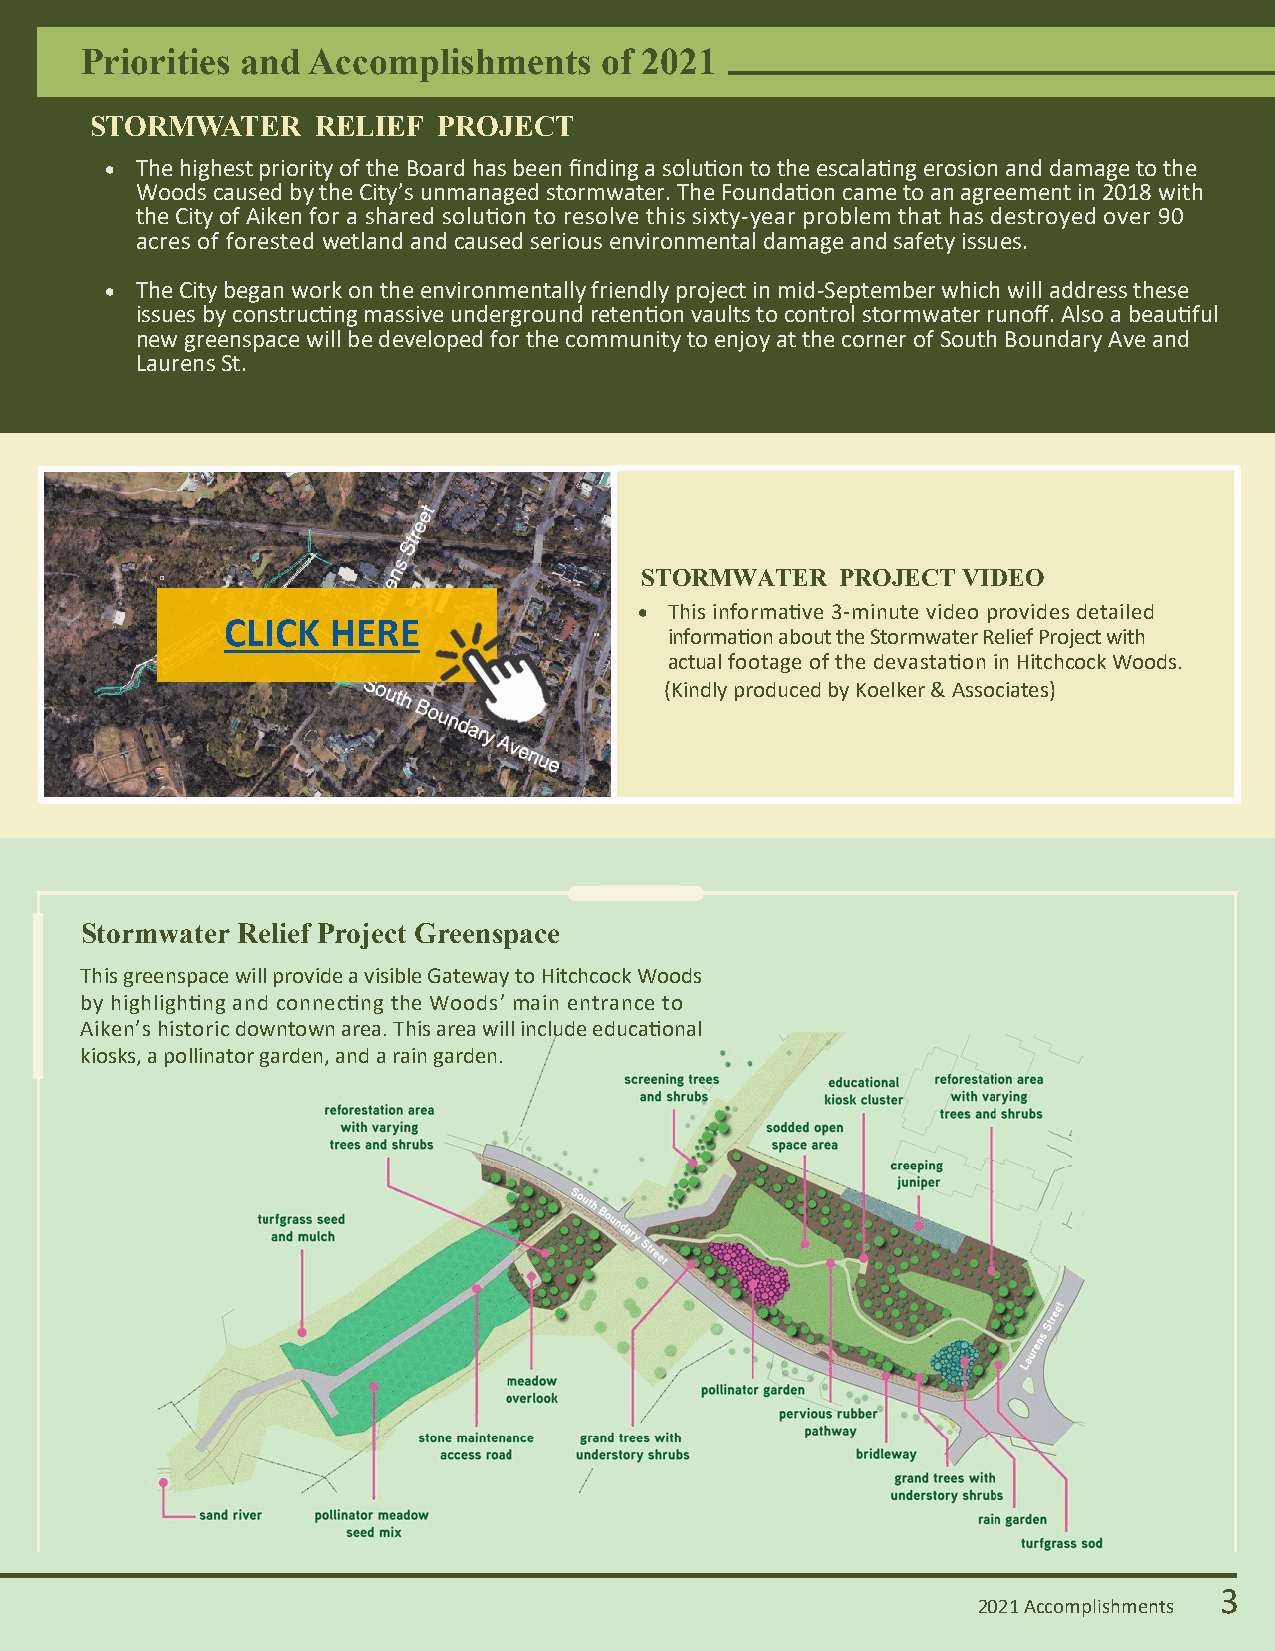
Priorities and Accomplishments     of 2021
 STORMWATER     RELIEF  PROJECT
 • The highest priority of the Board has been finding a solution to the escalating erosion and damage to the
 Woods caused by the City’s unmanaged stormwater. The Foundation came to an agreement in 2018 with
 the City of Aiken for a shared solution to resolve this sixty-year problem that has destroyed over 90
 acres of forested wetland and caused serious environmental damage and safety issues.
 • The City began work on the environmentally friendly project in mid-September which will address these
 issues by constructing massive underground retention vaults to control stormwater runoff. Also a beautiful
 new greenspace will be developed for the community to enjoy at the corner of South Boundary Ave and
 Laurens St.
 STORMWATER    PROJECT VIDEO
 • This informative 3-minute video provides detailed
 CLICK  HERE
 information about the Stormwater Relief Project with
 actual footage of the devastation in Hitchcock Woods.
 (Kindly produced by Koelker & Associates)
 Stormwater Relief Project Greenspace
 This greenspace will provide a visible Gateway to Hitchcock Woods
 by highlighting and connecting the Woods’ main entrance to
 Aiken’s historic downtown area. This area will include educational
 kiosks, a pollinator garden, and a rain garden.
 3
 2021 Accomplishments